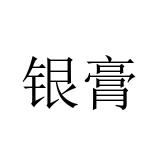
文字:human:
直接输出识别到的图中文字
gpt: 银膏